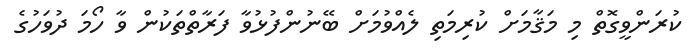
ކުރަންވީގޮތް މި މަޤާމަށް ކުރިމަތި ލެއްވުމަށް ބޭނުންފުޅުވާ ފަރާތްތަކުން ވާ ހޯމަ ދުވަހުގެ